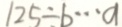
1 2 5 \div b \cdots a